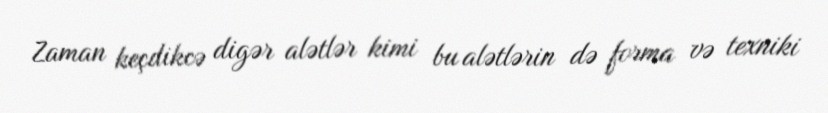
Zaman keçdikcə digər alətlər kimi bu alətlərin də forma və texniki